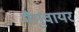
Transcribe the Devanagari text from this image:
मैगुवायर